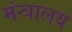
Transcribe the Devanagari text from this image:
मंन्त्रालय